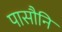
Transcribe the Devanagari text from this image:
पासौनि